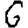
Digit: 6